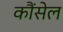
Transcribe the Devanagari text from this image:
कौंसेल